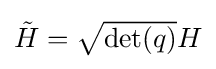
{\textstyle {\tilde {H}}={\sqrt {\det(q)}}H}